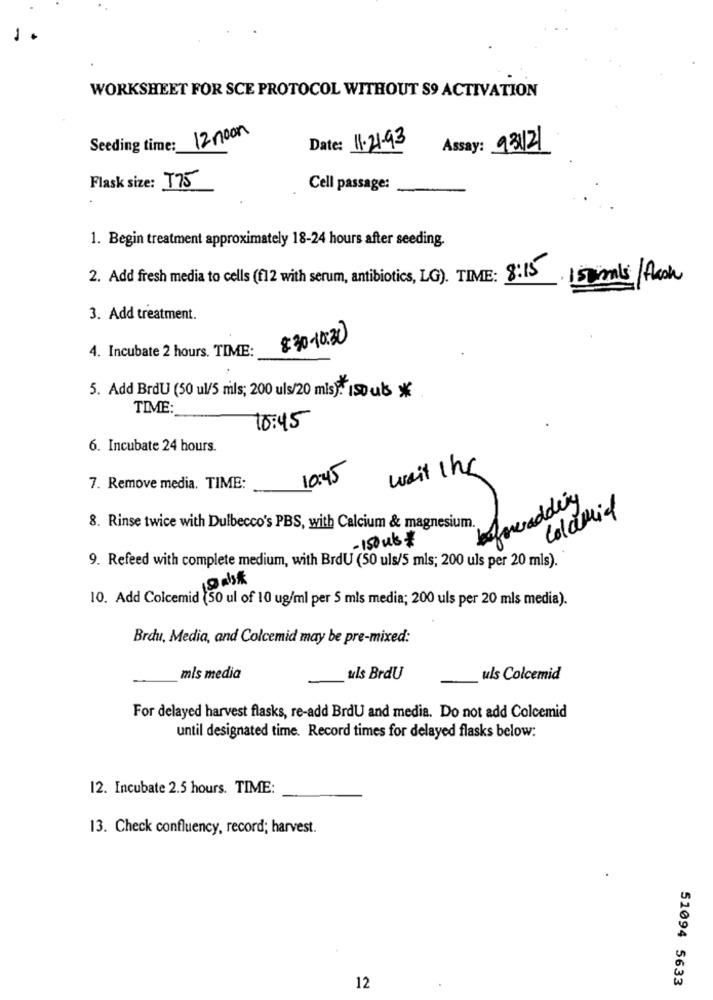
WORKSHEET FOR SCE PROTOCOL WITHOUT S9 ACTIVATION
Seeding time: 12 noon
Date: 11.21-93
Assay: 93121
Flask size: 175
Cell passage:
1. Begin treatment approximately 18-24 hours after seeding.
2. Add fresh media to cells (f12 with serum, antibiotics, LG). TIME: 8:15
150 mls/ Acon
3. Add treatment.
830-10:30
4. Incubate 2 hours. TIME:
5. Add BrdU (50 ul/5 mls; 200 uls/20 mls): 1souls *
TIME:
10:45
6. Incubate 24 hours.
10:45
wait Ihr
7. Remove media. TIME:
Colamil
8. Rinse twice with Dulbecco's PBS, with Calcium & magnesium.
-150 uls #
9. Refeed with complete medium, with BrdU (50 uls/5 mls; 200 uls per 20 mls).
19 ask
10. Add Colcemid (50 ul of 10 ug/ml per 5 mls media; 200 uls per 20 mls media).
Brdu, Media, and Colcemid may be pre-mixed:
mls media
uls BrdU
uls Colcemid
For delayed harvest flasks, re-add BrdU and media. Do not add Colcemid
until designated time. Record times for delayed flasks below:
12. Incubate 2.5 hours. TIME:
13. Check confluency, record; harvest.
51094 5633
12